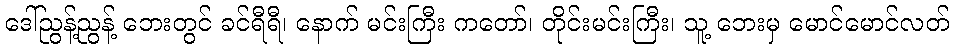
ဒေါ်ညွန့်ညွန့် ဘေးတွင် ခင်ရီရီ၊ နောက် မင်းကြီး ကတော်၊ တိုင်းမင်းကြီး၊ သူ့ ဘေးမှ မောင်မောင်လတ်